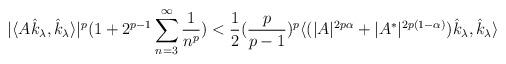
LaTeX: \begin{align*}|\langle A\hat{k}_{\lambda}, \hat{k}_{\lambda} \rangle|^p {(1+ 2^{p-1}\displaystyle\sum_{n=3}^{\infty}\frac{1}{n^p})} <\frac{1}{2}(\frac{p}{p-1} )^{p} \langle (|A|^{2p\alpha}+|A^*|^{2p(1-\alpha)}) \hat{k}_{\lambda}, \hat{k}_{\lambda} \rangle\end{align*}